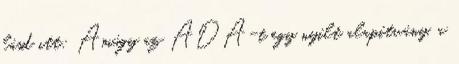
lásd itt: Amúgy az ADA-t egy nyílt alapítvány, a